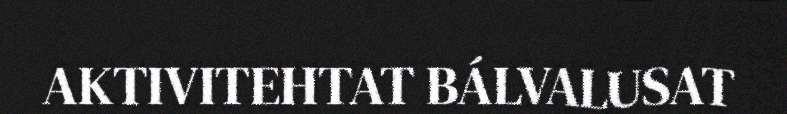
AKTIVITEHTAT BÁLVALUSAT